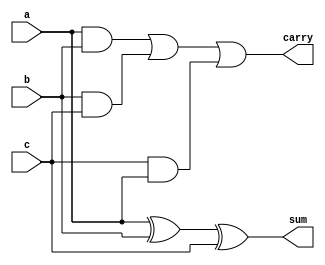
`timescale 1ns/1ps
module fa(
input a,b,c,
output reg sum,carry);
always@(*)
begin
sum=a^b^c;
carry=(a&b)|(b&c)|(c&a);
end
endmodule

module mux(
input a,b,sel,
output reg y);
always@(*)
begin
y=(~sel&a)|(sel&b);
end
endmodule


module carry_select_adder(
input [3:0]a,b,
input c,
output [3:0]sum,
output carry);
wire [16:0] w;

fa fa0(a[0],b[0],1'b0,w[0],w[1]);
fa fa1(a[1],b[1],w[1],w[2],w[3]);
fa fa2(a[2],b[2],w[3],w[4],w[5]);
fa fa3(a[3],b[3],w[5],w[6],w[7]);

fa fa4(a[0],b[0],1'b1,w[8],w[9]);
fa fa5(a[1],b[1],w[9],w[10],w[11]);
fa fa6(a[2],b[2],w[11],w[12],w[13]);
fa fa7(a[3],b[3],w[13],w[14],w[15]);

mux mux0(w[0],w[8],c,sum[0]);
mux mux1(w[2],w[10],c,sum[1]);
mux mux2(w[4],w[12],c,sum[2]);
mux mux3(w[6],w[14],c,sum[3]);

mux mux5(w[7],w[15],c,carry);
endmodule